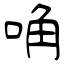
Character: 唃